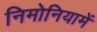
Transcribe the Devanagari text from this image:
निमोनियामें